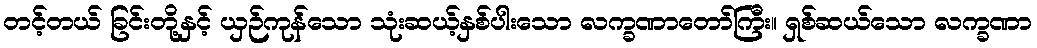
တင့်တယ် ခြင်းတို့နှင့် ယှဉ်ကုန်သော သုံးဆယ့်နှစ်ပါးသော လက္ခဏာတော်ကြီး။ ရှစ်ဆယ်သော လက္ခဏာ